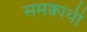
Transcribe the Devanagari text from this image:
समक्वाथी